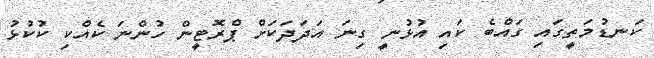
ކަނޑުމަތީގައި ގައްބެ ކައި އުޅުނީ ގިނަ އަދަދަކަށް ޕްރޮޓީން ހުންނަ ކެއްކި ކުކުޅު